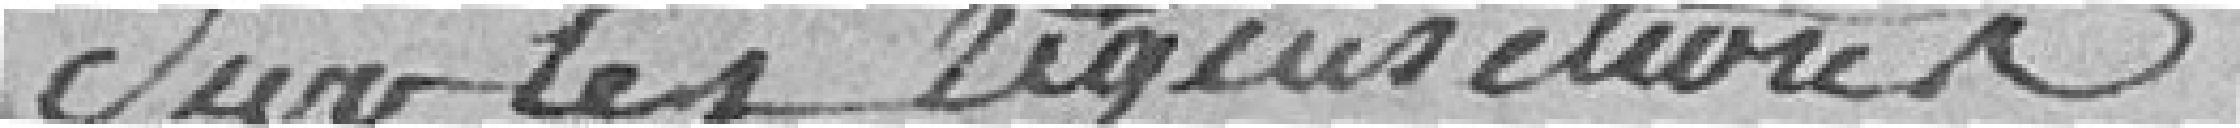
sur les réquisitoires